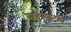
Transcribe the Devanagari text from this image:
सहस्त्रदल